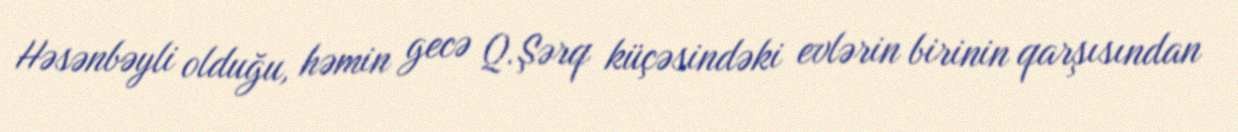
Həsənbəyli olduğu, həmin gecə Q.Şərq küçəsindəki evlərin birinin qarşısından